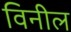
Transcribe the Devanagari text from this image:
विनील